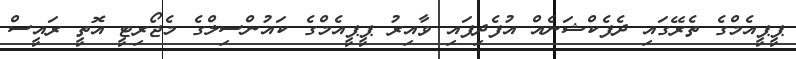
ޕީޕީއެމްގެ ތެރޭގައި ދެފެކްޝަނެއް އުފެދިފައި ވާއިރު ޕީޕީއެމްގެ ކައުންސިލްގެ މެޖޯރިޓީ އޮތީ ރައީސް